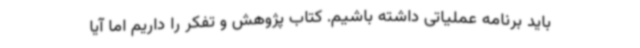
باید برنامه عملیاتی داشته باشیم. کتاب پژوهش و تفکر را داریم اما آیا